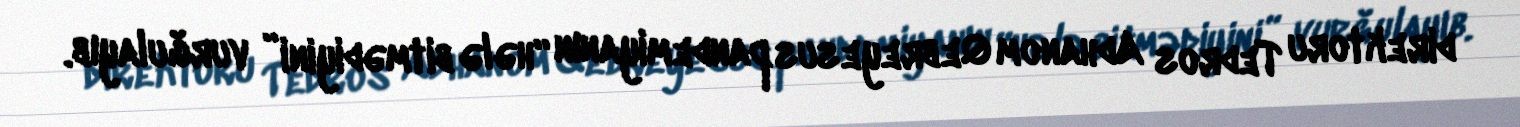
direktoru Tedros Adhanom Qebreyesus pandemiyanın “hələ bitmədiyini” vurğulayıb.